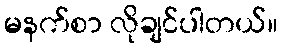
မနက်စာ လိုချင်ပါတယ်။